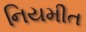
નિયમીત